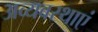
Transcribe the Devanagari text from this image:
अव्यवस्थाएं